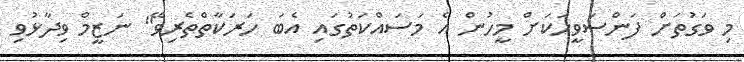
މި ވަގުތަށް ފަންސަވީހަކަށް މީހުން އެ މަސައްކަތުގައި އެބަ ހަރަކާތްތެރިވޭ" ނަޒީމް ވިދާޅުވި